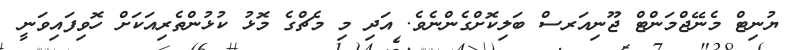
ޔުނިޓް މެނޭޖްމަންޓް ޖޫނިއަރސް ބަލިކޮށްގެންނެވެ. އަދި މި މެޗްގެ މޮޅު ކުޅުންތެރިއަކަށް ހޮވިފައިވަނީ